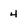
Character: 4